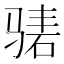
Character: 𬴃